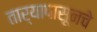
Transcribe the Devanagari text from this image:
तार्‍यापासूनचे